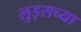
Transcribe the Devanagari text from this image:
लुइसच्या